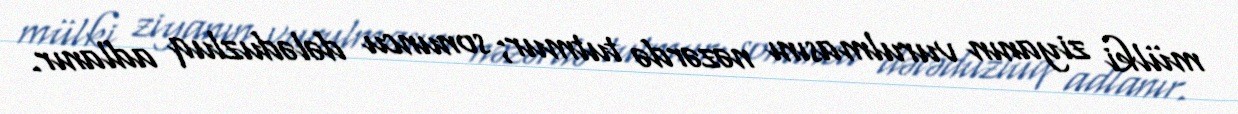
mülki ziyanın vurulmasını nəzərdə tutmur; sonuncu dələduzluq adlanır.